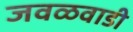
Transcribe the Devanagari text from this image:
जवळवाडी